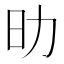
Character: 㫑